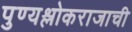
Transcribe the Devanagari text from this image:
पुण्यश्लोकराजाची